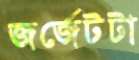
জর্জেটটা